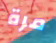
مرة